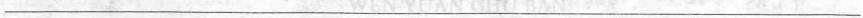
___